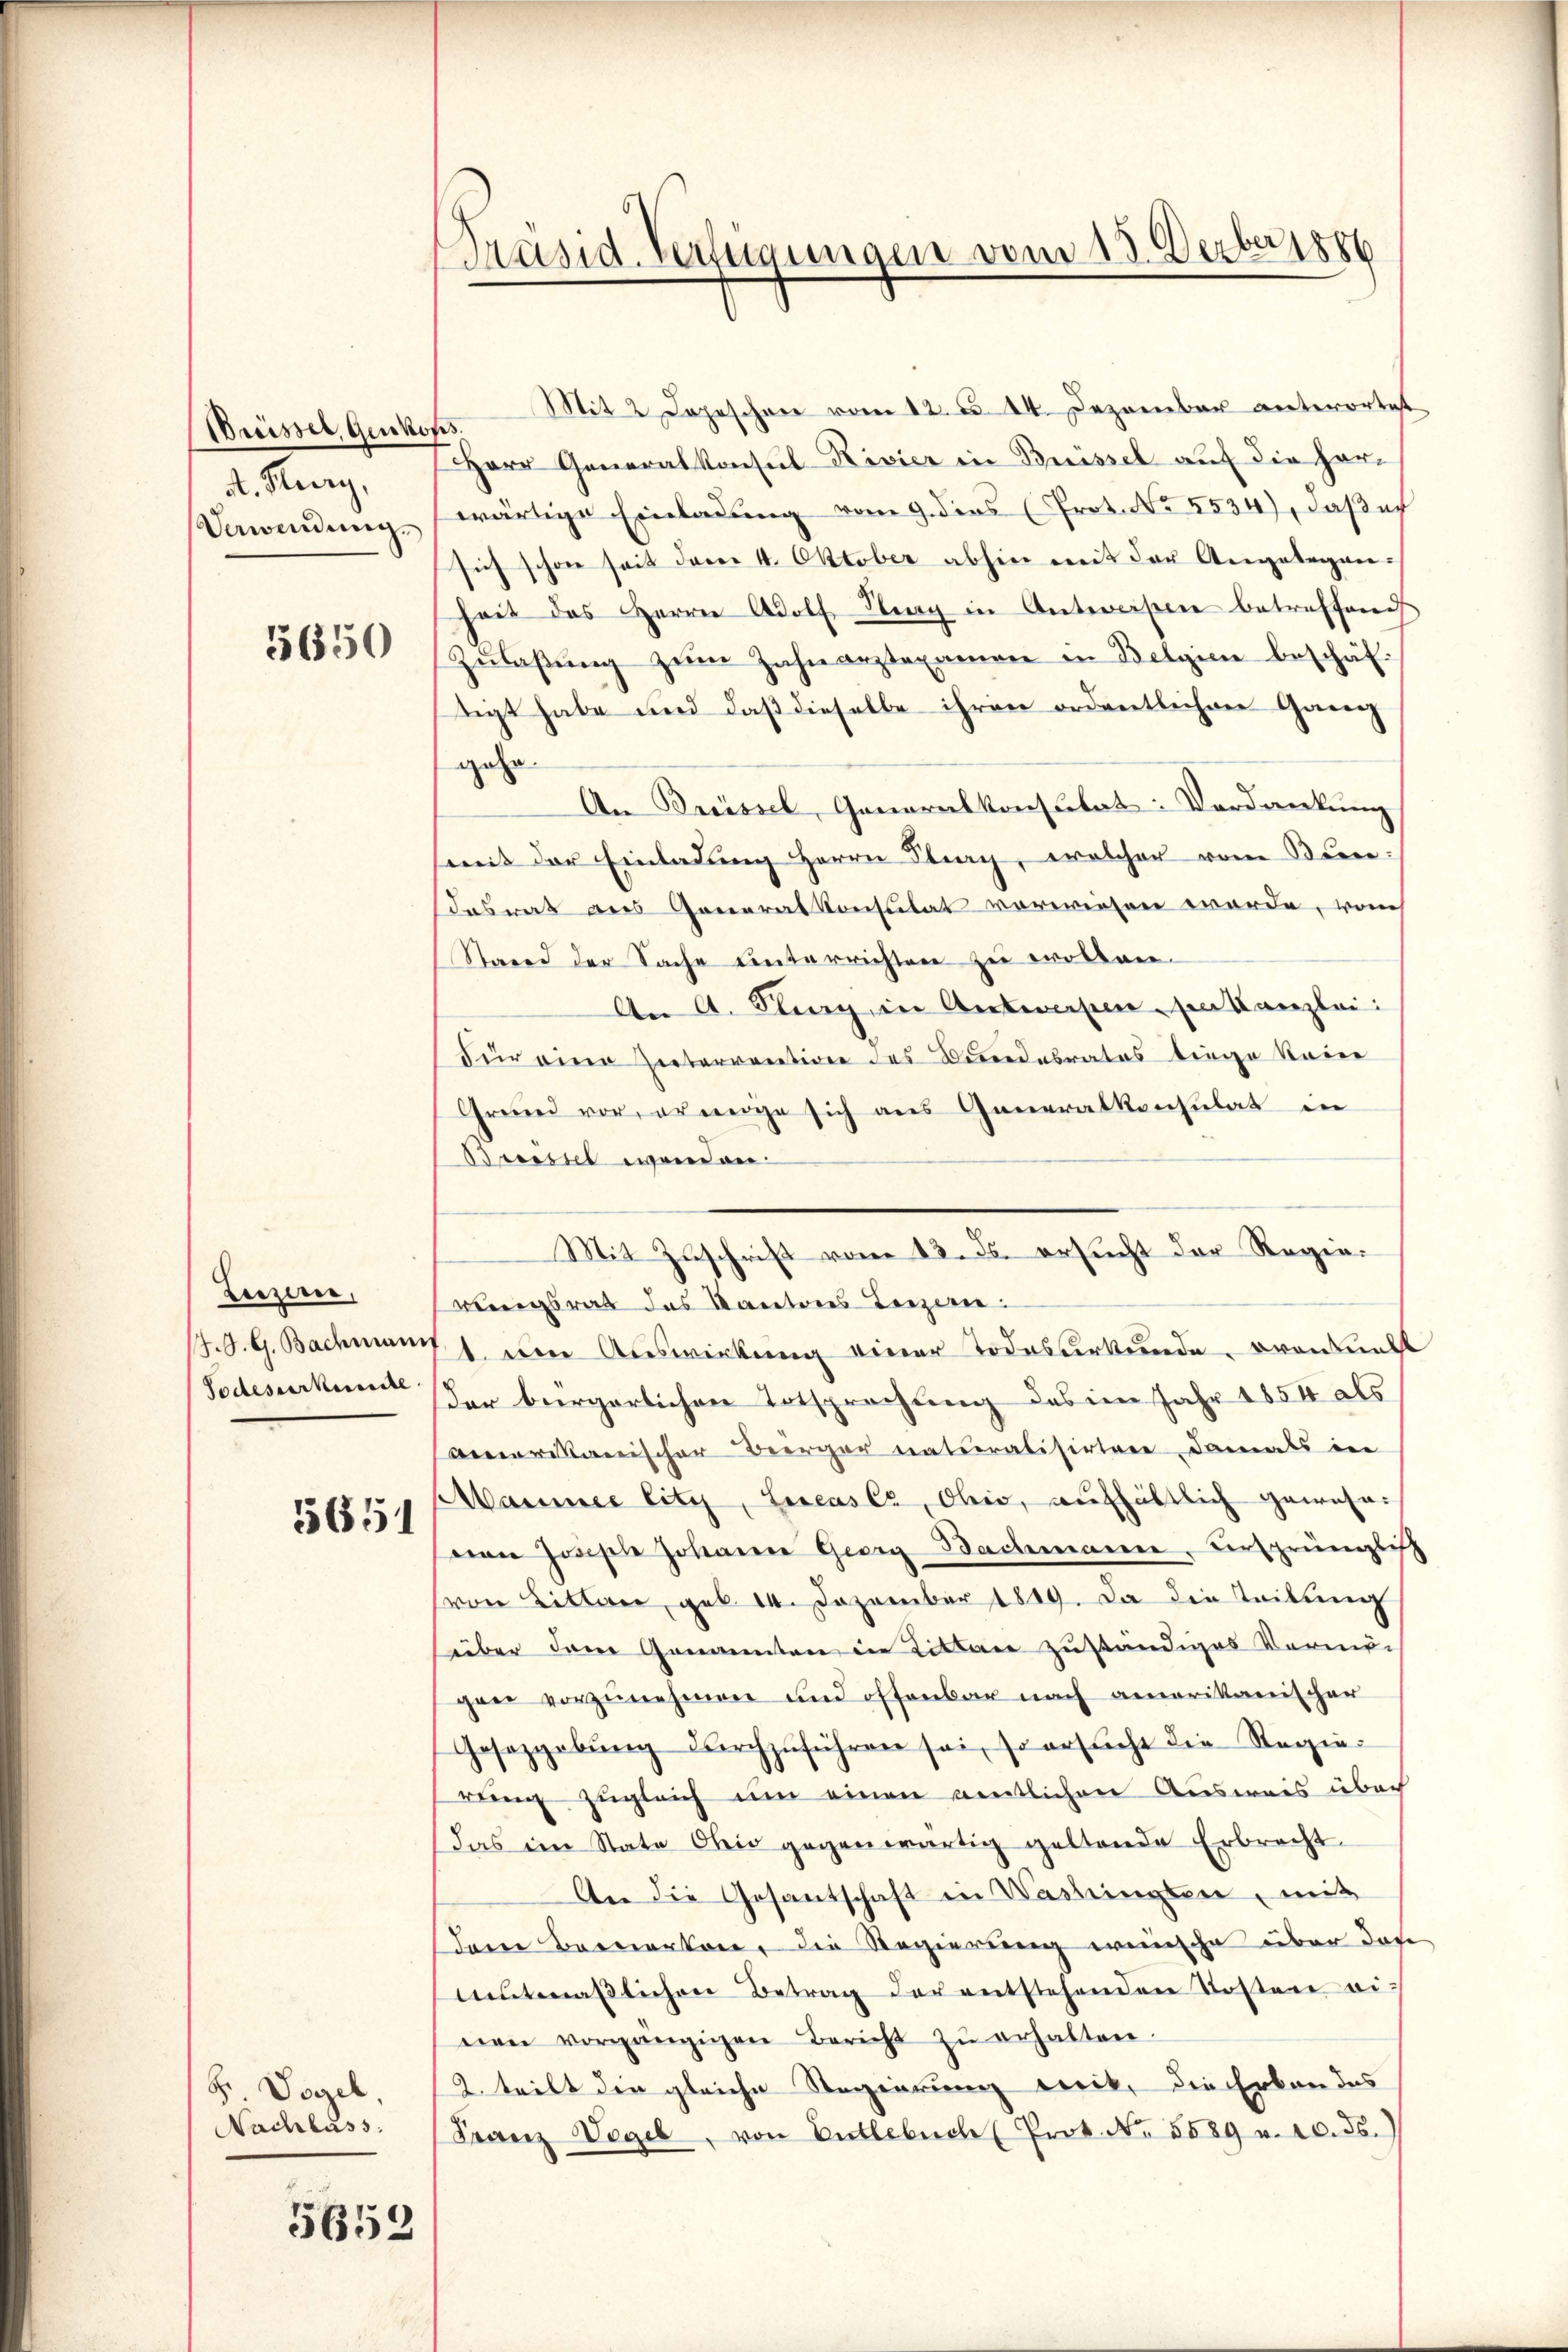
A. Herry,
Verwendung.

5650

Beiziren,
/7.S. G. Bachmann
Todesurkunde

55651

H. Vogel,
Nachlass

5652

Präsid. Verlegungen vom 15. Derber 1886

Buissel Genkens. Mit 2 Depeschen vom 12. d. 14. Dezember antwortet
Herr Generalkonsul-Rivier in Brüssel auf die Horwärtige Einladung vom 9. dies (Prot. No. 5534), daß er
sich schon seit dem 4. Oktober abhin mit der Angelegenheit das Herrn Adolf Burg in Antworten betreffene
Zŭlaβŭng zŭm Zahnarztexamen in Belgien beschäf-
tigt habe und daß dieselbe ihren ordentlichen Gang
gehe.
An Preissel, Generalkonsulat: Verdankung
mit der Einladung Herrn Plag, welcher vom Bundaswas des Generalkonsulat vorwiesen werde, von
Stand der Sache unterrichten zu wollen.
An A. Kling in Antwesen, den Kanzlei:
Für eine Einterrention des Bundesrates biege keine
Grund vor, er möge sich aus Generalkonsulat in
Breistet werden
rungsrat des Kantons Terzen.
1t. um Auswirkung einer Todesterkunde, von all
der bürgerlichen Entsprechung des im Jahr 1854 als
amerikanischer Berger naturalisirtere damals in
Mammer litz, Lucaser, Ohio, aufhältlich gewese¬
 Joseph Johanne Georg Bachmanne, versprünglich
von Litten, geb. 14. Dezember 1819. Da die Teilung
hüber dem Genannten in Littane zuständiges Vermö
gen vorzunehmen und offenbar nach amerikanischer
Gesezgabŭng durchzŭführen sei, so ersŭcht die Regier
ring zugleich um einen amtlichen Ausweis über
das im State Ohio gegenwärtig geltende Erbrecht
An die Gesandtschaft in Washingten, mit
dann Bemerken, die Regierung wünsche über das
ŭtmäβlichen Betrag der entstehenden Tosten einen vorgängigen Bericht zŭ erhalten.
2. teilt die gleiche Regierung weck, die Erken des
Franz Vogel, von Entlebuch (Prot. No. 5589 u. 10. ds.)

Mit Zuschrift vom 13. ds. ersucht der Regie¬